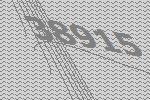
38915